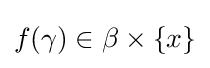
f(\gamma )\in \beta \times \{x\}